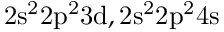
\mathrm { 2 s ^ { 2 } 2 p ^ { 2 } 3 d , 2 s ^ { 2 } 2 p ^ { 2 } 4 s }